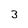
Character: 3